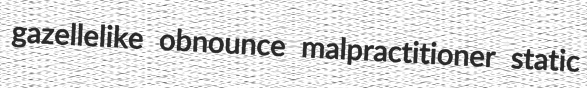
gazellelike obnounce malpractitioner static